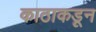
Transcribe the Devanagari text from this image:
काठाकडून